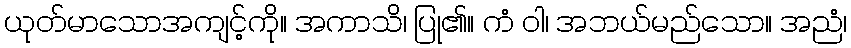
ယုတ်မာသောအကျင့်ကို။ အကာသိ၊ ပြု၏။ ကံ ဝါ၊ အဘယ်မည်သော။ အညံ၊